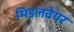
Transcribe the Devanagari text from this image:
मिडलवेयर